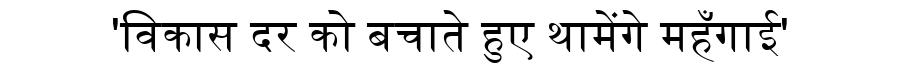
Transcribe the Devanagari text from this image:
'विकास दर को बचाते हुए थामेंगे महँगाई'